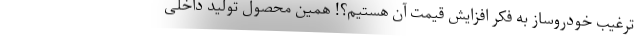
ترغیب خودروساز به فکر افزایش قیمت آن هستیم؟! همین محصول تولید داخلی